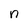
Character: n